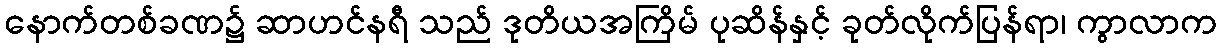
နောက်တစ်ခဏ၌ ဆာဟင်နရီ သည် ဒုတိယအကြိမ် ပုဆိန်နှင့် ခုတ်လိုက်ပြန်ရာ၊ ကွာလာက